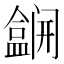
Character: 𫣽